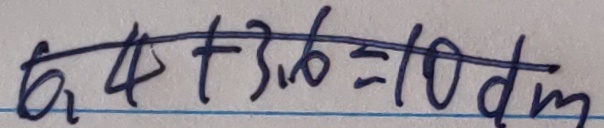
6 . 4 + 3 . 6 = 1 0 d m